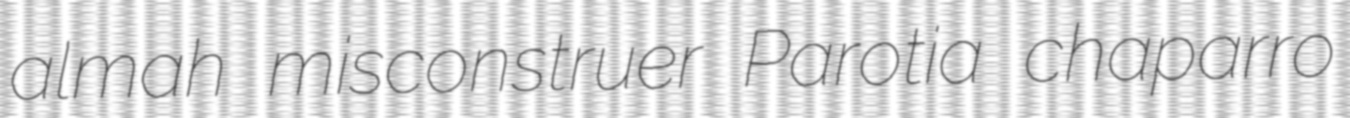
almah misconstruer Parotia chaparro